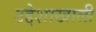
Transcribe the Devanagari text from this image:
उद्देशाखाली